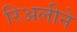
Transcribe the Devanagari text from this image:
रिअलीने